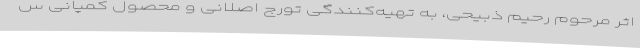
اثر مرحوم رحیم ذبیحی، به تهیه‌کنندگی تورج اصلانی و محصول کمپانی س